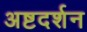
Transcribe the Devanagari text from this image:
अष्टदर्शन